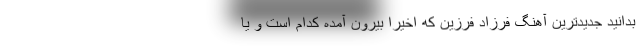
بدانید جدیدترین آهنگ فرزاد فرزین که اخیرا بیرون آمده کدام است و یا